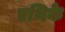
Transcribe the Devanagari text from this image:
एथिके